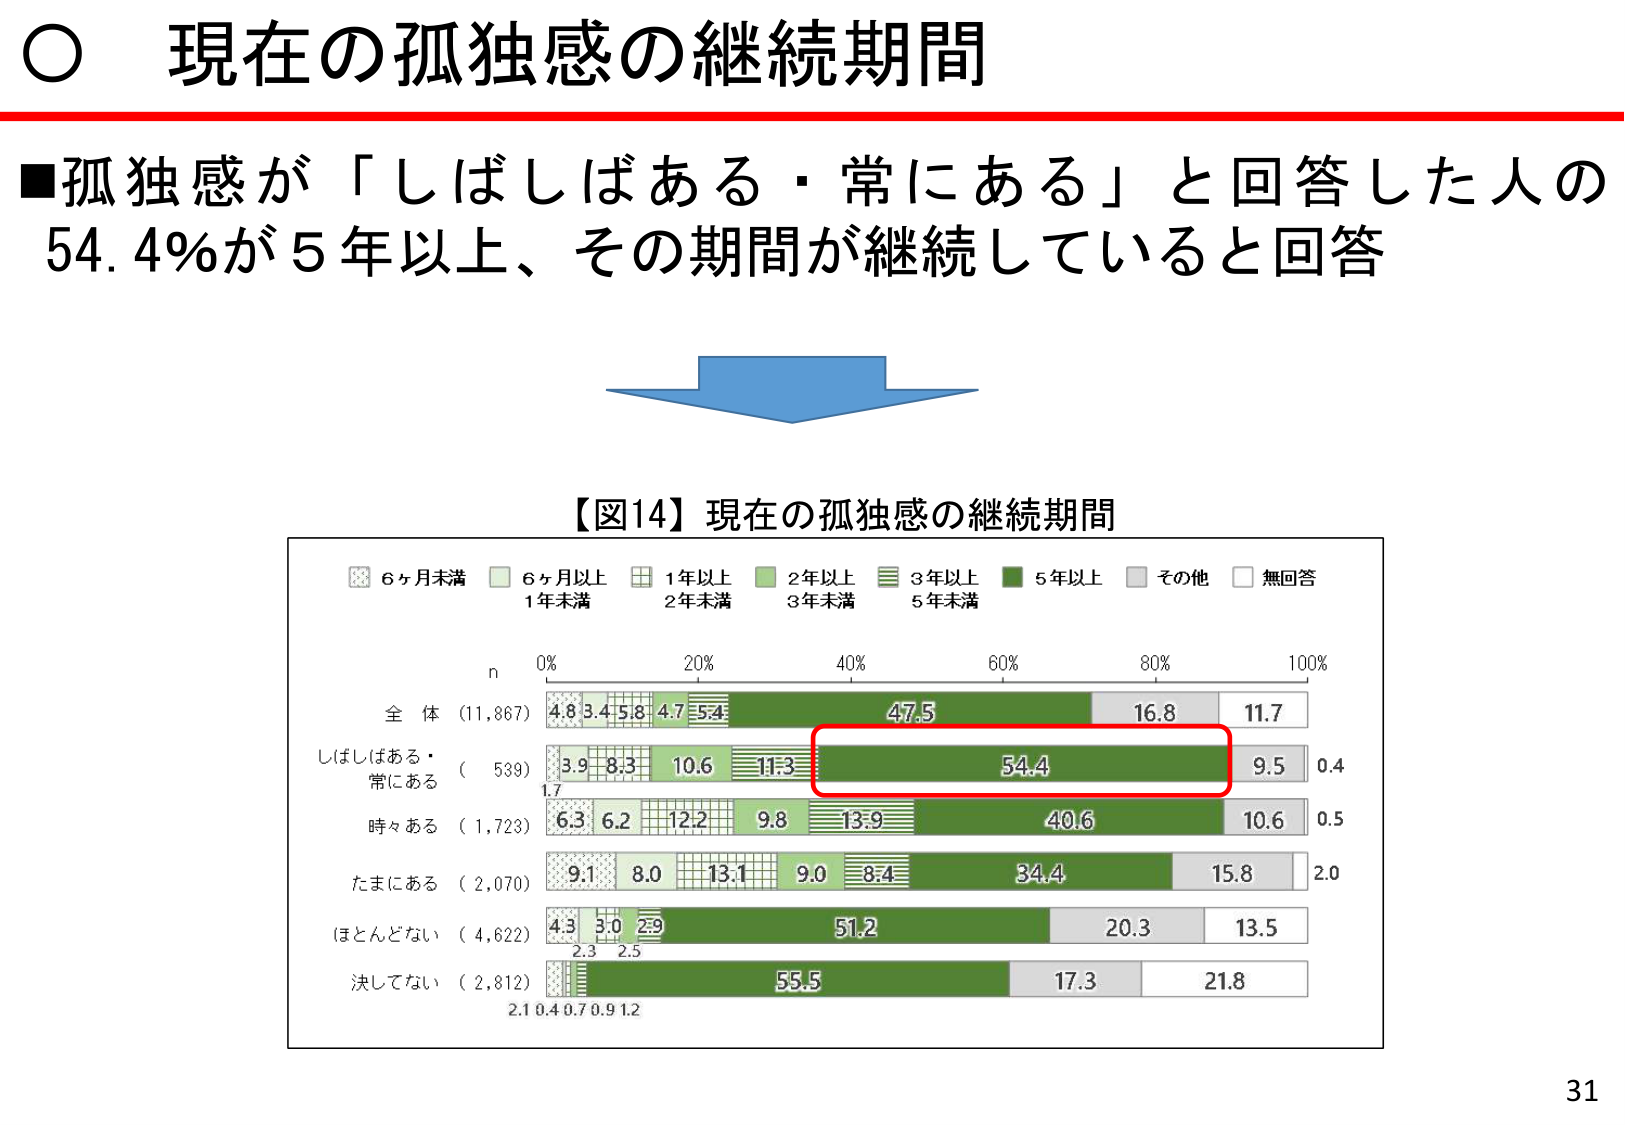
○ 現在の孤独感の継続期間

■孤独感が「しばしばある・常にある」と回答した人の
54.4%が5年以上、その期間が継続していると回答

【図14】現在の孤独感の継続期間

■ 6ヶ月未満
■ 6ヶ月以上1年未満
■ 1年以上2年未満
■ 2年以上3年未満
■ 3年以上5年未満
■ 5年以上
■ その他
■ 無回答

n
0% 20% 40% 60% 80% 100%

全体 (11,867)
4.8 3.4 5.8 4.7 5.4 47.5 16.8 11.7

しばしばある・
常にある (539)
3.9 8.3 10.6 11.3 54.4 9.5 0.4

時々ある (1,723)
6.3 6.2 12.2 9.8 13.9 40.6 10.6 0.5

たまにある (2,070)
9.1 8.0 13.1 9.0 8.4 34.4 15.8 2.0

ほとんどない (4,622)
4.3 3.0 2.9 51.2 20.3 13.5

決してない (2,812)
2.1 0.4 0.7 0.9 1.2 55.5 17.3 21.8

31